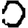
Digit: 0